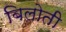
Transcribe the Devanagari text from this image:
बिलोती